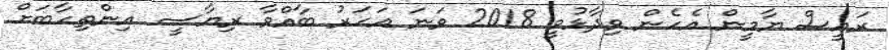
ރައީސް ޔާމީން އެހެން ވިދާޅުވީ 2018 ވަނަ އަހަރު ބާއްވާ ރިޔާސީ އިންތިހާބަށް